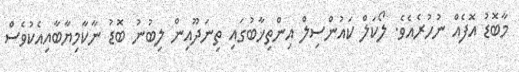
މާބޮޑު އޮފެއް ނުހުރެއެވެ. ލޯކަލް ކައުންސިލް އިންތިޚާބުގައި ތިނަދޫއިން ލިބުނު ބޮޑު ނާކާމިޔާބާއިއެކުވެސް